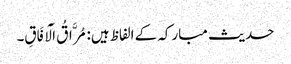
حدیث مبارکہ کے الفاظ ہیں: مُرَّاقُ الْآفَاقِ۔